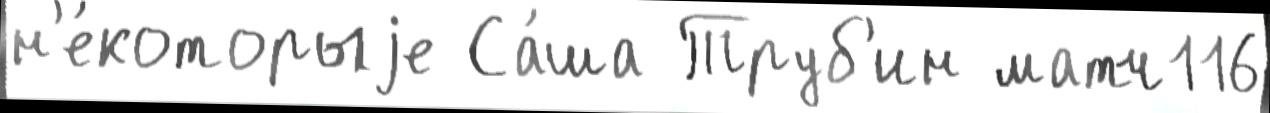
н'е́которыjе Са́ша Труб'ин матч116